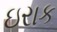
ઇરાક